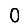
Digit: 0